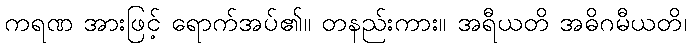
ကရဏ အားဖြင့် ရောက်အပ်၏။ တနည်းကား။ အရီယတိ အဓိဂမီယတိ၊